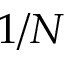
1 / N